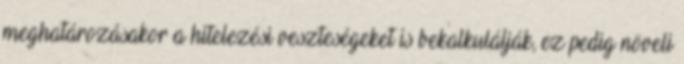
meghatározásakor a hitelezési veszteségeket is bekalkulálják, ez pedig növeli